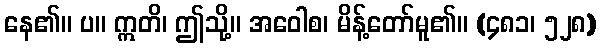
နေ၏။ ပ။ ဣတိ၊ ဤသို့။ အဝေါစ၊ မိန့်တော်မူ၏။ (၄၈၁၊ ၅၂၈)